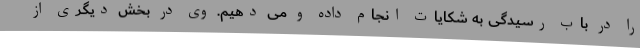
را در باب رسیدگی به شکایات انجام داده و می دهیم. وی در بخش دیگری از